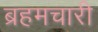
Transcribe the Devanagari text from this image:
ब्रहमचारी